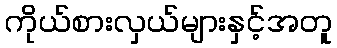
ကိုယ်စားလှယ်များနှင့်အတူ